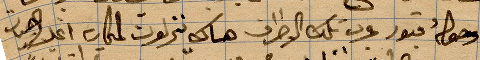
... قبور عرب تلك الأطراف هناك ينزلون ...